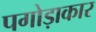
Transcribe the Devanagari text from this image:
पगोड़ाकार